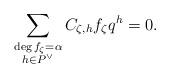
LaTeX: \begin{align*}\sum_{\substack{\deg f_\zeta = \alpha \\ h\in P^\vee}} C_{\zeta, h} f_\zeta q^h = 0.\end{align*}